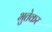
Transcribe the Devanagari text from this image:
भुतेकर